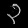
Digit: ၃